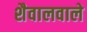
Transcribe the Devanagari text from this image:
शैवालवाले